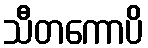
သီတကောပိ